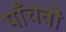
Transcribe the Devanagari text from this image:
पाँचवों